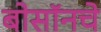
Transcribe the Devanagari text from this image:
बोसॉनचे